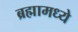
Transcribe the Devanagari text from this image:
ब्रह्मामध्ये